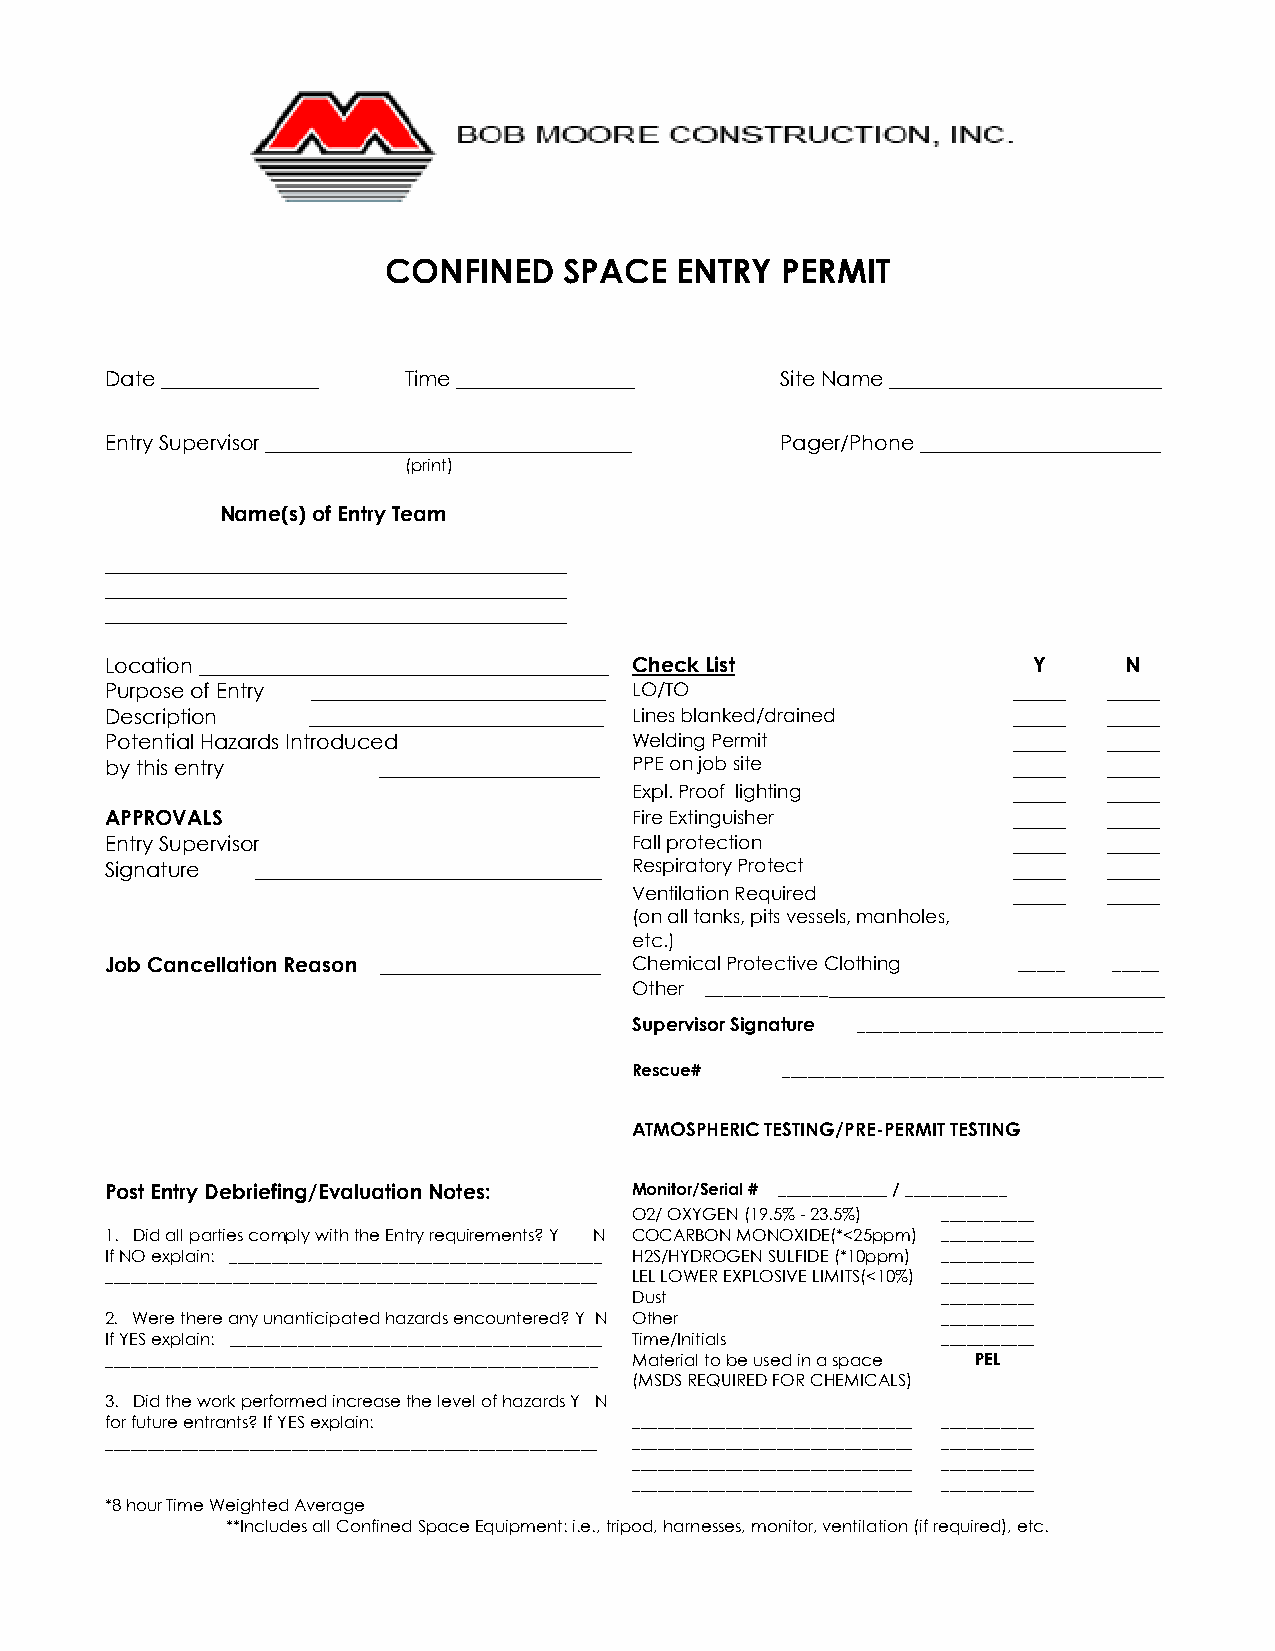
CONFINED   SPACE   ENTRY  PERMIT
 Date _______________ Time _________________  Site Name __________________________
 Entry Supervisor ___________________________________ Pager/Phone _______________________
 (print)
 Name(s) of Entry Team
 ____________________________________________
 ____________________________________________
 ____________________________________________
 Location _______________________________________ Check List  Y      N
 Purpose of Entry ____________________________ LO/TO         _____ _____
 Description   ____________________________ Lines blanked/drained _____ _____
 Potential Hazards Introduced       Welding Permit           _____ _____
 by this entry     _____________________ PPE on job site     _____ _____
 Expl. Proof lighting     _____ _____
 APPROVALS                          Fire Extinguisher        _____ _____
 Entry Supervisor                   Fall protection          _____ _____
 Signature _________________________________ Respiratory Protect _____ _____
 Ventilation Required     _____ _____
 (on all tanks, pits vessels, manholes,
 etc.)
 Job Cancellation Reason _____________________ Chemical Protective Clothing _____ _____
 Other _____________________________________________
 Supervisor Signature ____________________________________
 Rescue#   _____________________________________________
 ATMOSPHERIC TESTING/PRE-PERMIT TESTING
 Post Entry Debriefing/Evaluation Notes: Monitor/Serial # _____________ / ____________
 O2/ OXYGEN (19.5% - 23.5%) ___________
 1. Did all parties comply with the Entry requirements? Y N COCARBON MONOXIDE(*<25ppm) ___________
 If NO explain: ____________________________________________ H2S/HYDROGEN SULFIDE (*10ppm) ___________
 __________________________________________________________ LEL LOWER EXPLOSIVE LIMITS(<10%) ___________
 Dust                ___________
 2. Were there any unanticipated hazards encountered? Y N Other ___________
 If YES explain: ____________________________________________ Time/Initials ___________
 __________________________________________________________ Material to be used in a space PEL
 (MSDS REQUIRED FOR CHEMICALS)
 3. Did the work performed increase the level of hazards Y N
 for future entrants? If YES explain: _________________________________ ___________
 __________________________________________________________ _________________________________ ___________
 _________________________________ ___________
 _________________________________ ___________
 *8 hour Time Weighted Average
 **Includes all Confined Space Equipment: i.e., tripod, harnesses, monitor, ventilation (if required), etc.